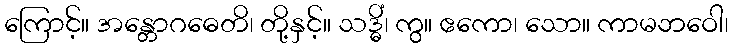
ကြောင့်။ အန္တောဂဓေတိ၊ တို့နှင့်။ သဒ္ဓိံ၊ ကွ။ ဧကော၊ သော။ ကာမဘဝေါ၊